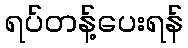
ရပ်တန့်ပေးရန်